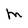
Character: M